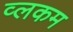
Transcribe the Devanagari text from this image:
व्लकम